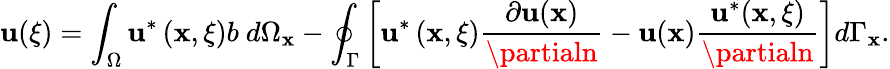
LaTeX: \mathbf{u}({\mathbf{\xi}})=\int_{\Omega}\mathbf{u}^{*}\left(\mathbf{{x}},{\mathbf{\xi}}\right)b\ d\Omega_{\mathbf{{x}}}-\oint_{\Gamma}\left[\mathbf{u}^{*}\left(\mathbf{{x}},{\mathbf{\xi}}\right)\frac{{\partial\mathbf{u}(\mathbf{{x}})}}{{\partialn}}-\mathbf{u}(\mathbf{{x}})\frac{{\mathbf{u}^{*}(\mathbf{{x}},{\mathbf{\xi}})}}{{\partialn}}\right]d\Gamma_{\mathbf{{x}}}.